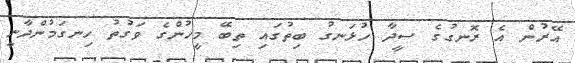
އޭރުން އެ ރޮނގުގެ ސީދާ ހުޅަނގު ބިތުގައި ތިބޭ މީހުންގެ ވަގުތު ހިނގަމުންދާނީ